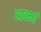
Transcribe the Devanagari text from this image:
आत्मां